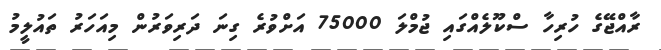
ރާއްޖޭގެ ހުރިހާ ސްކޫލެއްގައި ޖުމްލަ 75000 އަށްވުރެ ގިނަ ދަރިވަރުން މިއަހަރު ތައުލީމު